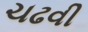
ચઢવી